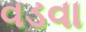
વડવા